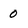
Character: 0